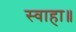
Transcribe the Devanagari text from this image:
स्वाहा॥